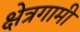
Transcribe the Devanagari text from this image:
क्षेत्रगामी